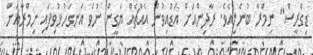
ޑިގްރީސް" ނިމްރާ ބުނެލިއެވެ. ރާދިންއަށް އަޑުއިވުނު އެއްޗެއް ޔަގީން ނުވެ އަނގަހުޅުވިފައި ނިމްރާއަށް